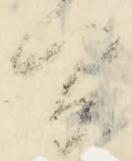
間